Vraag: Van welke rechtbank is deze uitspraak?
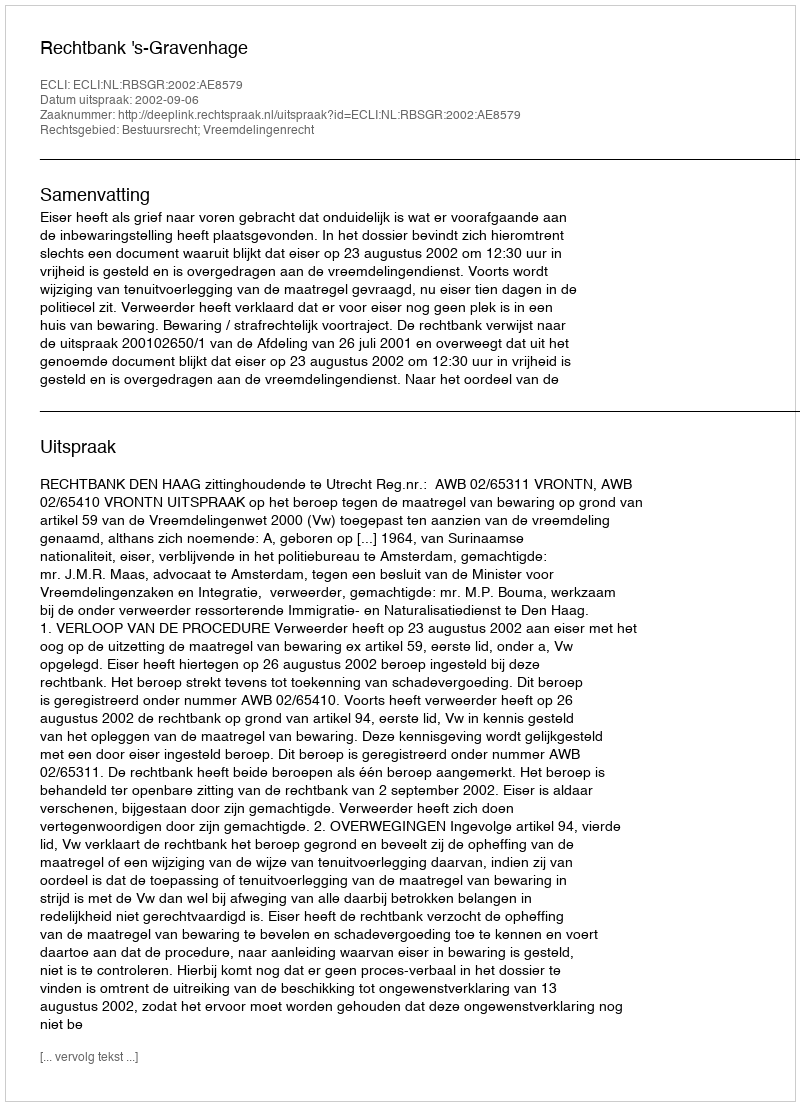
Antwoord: Rechtbank 's-Gravenhage